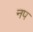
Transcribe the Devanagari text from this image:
नप